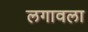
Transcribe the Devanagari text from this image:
लगावला